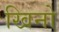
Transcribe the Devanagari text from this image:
खिनो